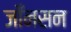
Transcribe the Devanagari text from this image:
जोँनसन